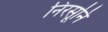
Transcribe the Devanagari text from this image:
निरसूनि